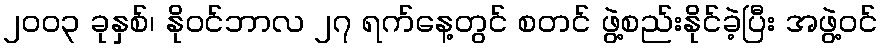
၂၀၀၃ ခုနှစ်၊ နိုဝင်ဘာလ ၂၇ ရက်နေ့တွင် စတင် ဖွဲ့စည်းနိုင်ခဲ့ပြီး အဖွဲ့ဝင်